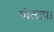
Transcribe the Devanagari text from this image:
घोलाप।